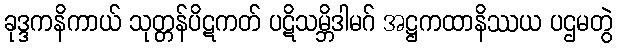
ခုဒ္ဒကနိကာယ် သုတ္တန်ပိဋကတ် ပဋိသမ္ဘိဒါမဂ် အဋ္ဌကထာနိဿယ ပဌမတွဲ